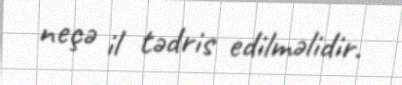
neçə il tədris edilməlidir.